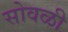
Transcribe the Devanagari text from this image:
सोवळी